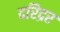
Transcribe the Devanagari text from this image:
दरिद्रर